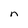
Character: n